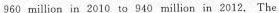
960 million in 2010 to940 million in 2012. The